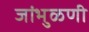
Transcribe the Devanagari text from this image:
जांभुळणी